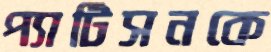
প্যাটিসনকে